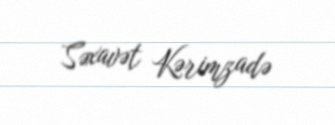
Səxavət Kərimzadə